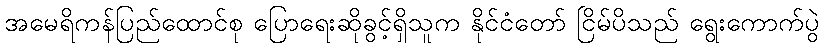
အမေရိကန်ပြည်ထောင်စု ပြောရေးဆိုခွင့်ရှိသူက နိုင်ငံတော် ငြိမ်ပိသည် ရွေးကောက်ပွဲ